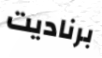
برناديت